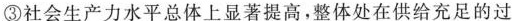
③社会生产力水平总体上显著提高，整体处在供给充足的过